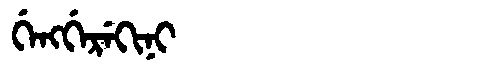
Manchu: ᡤᡝᠩᡤᡝᡵᡝᡴᡳᠨᡳ
Romanization: GENGGEREKINI